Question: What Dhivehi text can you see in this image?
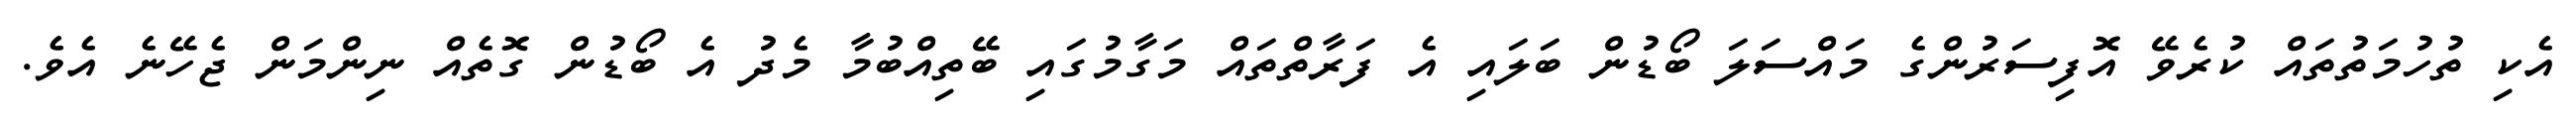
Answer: އެކި ތުހުމަތުތައް ކުރެވޭ އޮފިސަރުންގެ މައްސަލަ ބޯޑުން ބަލައި އެ ފަރާތްތައް މަގާމުގައި ބޭތިއްބުމާ މެދު އެ ބޯޑުން ގޮތެއް ނިންމަން ޖެހޭނެ އެވެ.